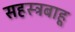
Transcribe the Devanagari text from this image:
सहस्त्रबाहू